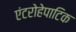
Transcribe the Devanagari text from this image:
एंटरोहेपाटिक